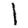
Digit: 1